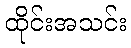
ထိုင်းအသင်း